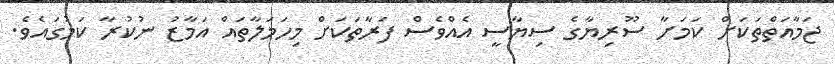
ޖަމާއަތްތަކަށް ކަމަށާ ސޫރިޔާގެ ސިޔާސީ އެއްވެސް ފަރާތަކަށް މިހަމަލާތައް އަމާޒު ނުކުރާ ކަމުގައެވެ.